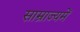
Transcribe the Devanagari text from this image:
साम्राज्यमें